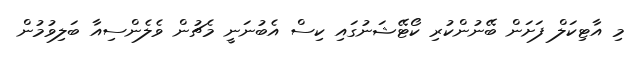
މި އާޓިކަލް ފަށަން ބޭނުންކުރި ކޯޓޭޝަނުގައި ކިސް އެބުނަނީ މެޗުން ވެލެންސިއާ ބަލިވުމުން